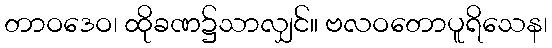
တာဝဒေဝ၊ ထိုခဏ၌သာလျှင်။ ဗလဝတောပူရိသေန၊